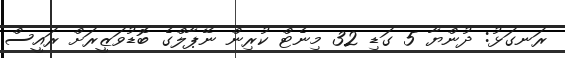
ރަނގަޅު: ދުންޔާ 5 ގަޑި 32 މިނެޓް ކުރިން ނޭޕާލްގެ ބޮޑުވަޒީރަށް ރައީސް